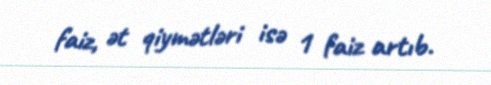
faiz, ət qiymətləri isə 1 faiz artıb.